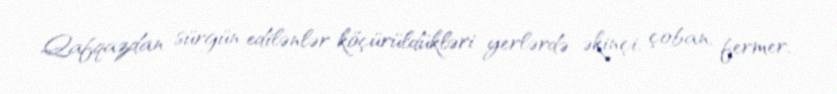
Qafqazdan sürgün edilənlər köçürüldükləri yerlərdə əkinçi, çoban, fermer,